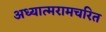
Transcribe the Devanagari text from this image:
अध्यात्मरामचरित